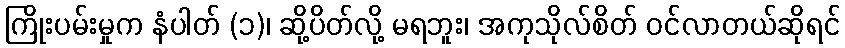
ကြိုးပမ်းမှုက နံပါတ် (၁)၊ ဆို့ပိတ်လို့ မရဘူး၊ အကုသိုလ်စိတ် ဝင်လာတယ်ဆိုရင်